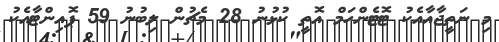
މި ނަތީޖާއާއެކު ޓޮޓެންހަމް އޮތީ ކުޅުނު 28 މެޗުން ލިބުނު 59 ޕޮއިންޓާއެކު